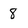
Character: 8